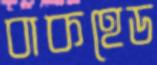
বাকহেড